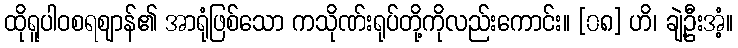
ထိုရူပါဝစရဈာန်၏ အာရုံဖြစ်သော ကသိုဏ်းရုပ်တို့ကိုလည်းကောင်း။ [၀၈] ဟိ၊ ချဲ့ဦးအံ့။